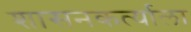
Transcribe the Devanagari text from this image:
शासनकर्त्याला